Lunatic asylums in Bengal annual reports 1912-1924 - 1912-1924
Year: 1912
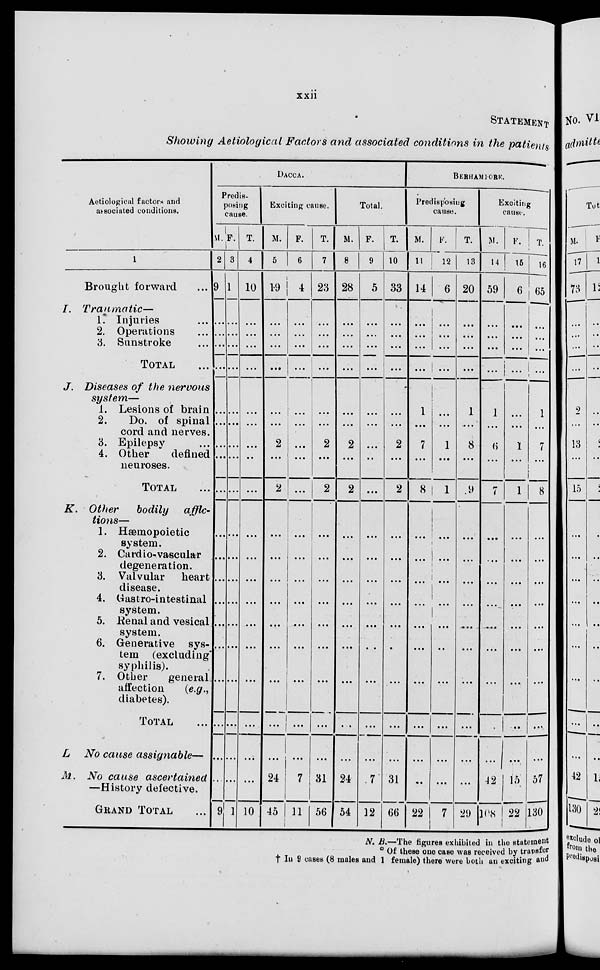
xxii
STATEMENT
Showing Aetiological Factors and associated conditions in the patients
Aetiological factors and
associated conditions.
1
Brought forward ...
I. Traumatic—
1. Injuries ...
2. Operations ...
3. Sunstroke ...
TOTAL ...
J. Diseases of the nervous
system—
1. Lesions of brain
2.
Do. of spinal
cord and nerves.
3. Epilepsy ...
4. Other
defined
neuroses.
TOTAL ...
K. Other
bodily
afflic-
tions—
1. Hæmopoietic
system.
2. Cardio-vascular
degeneration.
3. Valvular
heart
disease.
4. Gastro-intestinal
system.
5. Renal and vesical
system.
6. Generative sys-
tem (excluding
syphilis).
7. Other
general
affection
(e.g.,
diabetes).
TOTAL ...
L No cause assignable—
M. No cause
ascertained
—History defective.
GRAND TOTAL ...
DACCA.
Predis-
posing
cause.
M.
2
9
...
...
...
...
...
...
...
...
...
...
...
...
...
...
...
...
...
...
...
9
F.
3
1
...
...
...
...
...
...
...
...
...
...
...
...
...
...
...
...
...
...
...
1
T.
4
10
...
...
...
...
...
...
...
...
...
...
...
...
...
...
...
...
...
...
...
10
Exciting cause.
M.
5
19
...
...
...
...
...
...
2
...
2
...
...
...
...
...
...
...
...
...
24
45
F.
6
4
...
...
...
...
...
...
...
...
...
...
...
...
...
...
...
...
...
...
7
11
T.
7
23
...
...
...
...
...
...
2
...
2
...
...
...
...
...
...
...
...
...
31
56
Total.
M.
8
28
...
...
...
...
...
...
2
...
2
...
...
...
...
...
...
...
...
...
24
54
F.
9
5
...
...
...
...
...
...
...
...
...
...
...
...
...
...
...
...
...
...
7
12
T.
10
33
...
...
...
...
...
...
2
...
2
...
...
...
...
...
...
...
...
...
31
66
BERHAMPORE.
Predisposing
cause.
M.
11
14
...
...
...
...
1
...
7
...
8
...
...
...
...
...
...
...
...
...
...
22
F.
12
6
...
...
...
...
...
...
1
...
1
...
...
...
...
...
...
...
...
...
...
7
T.
13
20
...
...
...
...
1
...
8
...
9
...
...
...
...
...
...
...
...
...
...
29
Exciting
cause.
M.
14
59
...
...
...
...
1
...
6
...
7
...
...
...
...
...
...
...
...
...
42
108
F.
15
6
...
...
...
...
...
...
1
...
1
...
...
...
...
...
...
...
...
...
15
22
T.
16
65
...
...
...
...
1
...
7
...
8
...
...
...
...
...
...
...
...
...
57
130
N. B.—The figures exhibited in the statement
* Of these one case was received by transfer
† In 9 cases (8 males and 1 female) there were both an exciting and